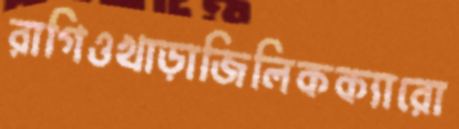
রাগিওখাড়াজিলিকক্যারো